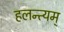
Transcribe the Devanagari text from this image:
हलन्त्यम्